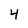
Character: 4